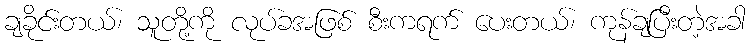
ချခိုင်းတယ်၊ သူတို့ကို လုပ်ခအဖြစ် စီးကရက် ပေးတယ်၊ ကုန်ချပြီးတဲ့အခါ